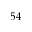
5 4